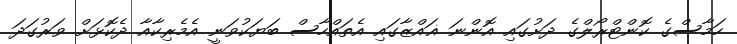
ހަމާސްގެ ކޮންޓްރޯލްގެ ދަށުގައި އޮންނަ ޣައްޒާގައި އެތައްހާސް ބަޔަކުވަނީ އެމެރިކާއާ ދެކޮޅަށް ވަރުގަދަ